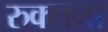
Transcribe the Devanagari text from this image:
रुक्सना